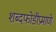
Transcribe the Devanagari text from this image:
शब्दफोडीप्रमाणे